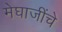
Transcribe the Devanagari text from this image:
मेघाजींचे